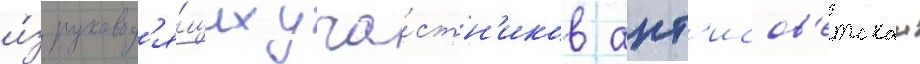
и́з руковод'я́щих уча́стн'иков ант'исов'етскои